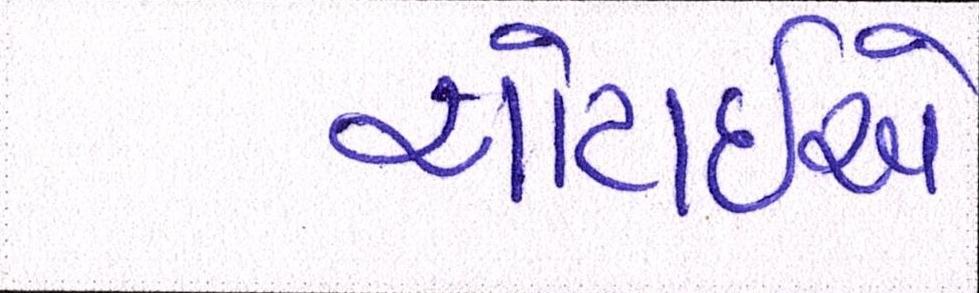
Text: ચોટાઇએ